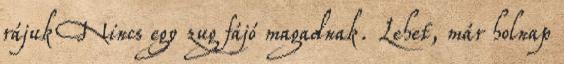
rájuk Nincs egy zug fájó magadnak. Lehet, már holnap